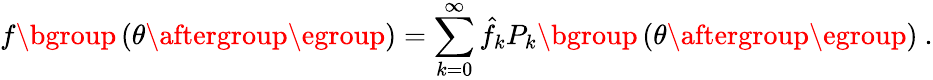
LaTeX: f\mathopen{}\mathclose\bgroup\left(\theta\aftergroup\egroup\right)=\sum_{k=0}^{\infty}\hat{f}_{k}P_{k}\mathopen{}\mathclose\bgroup\left(\theta\aftergroup\egroup\right)~.